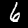
Digit: 6